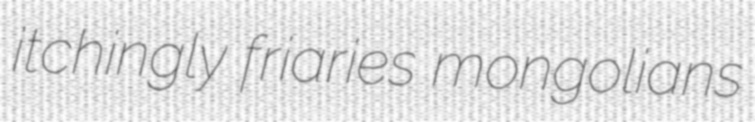
itchingly friaries mongolians